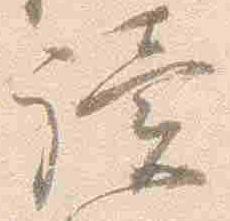
読